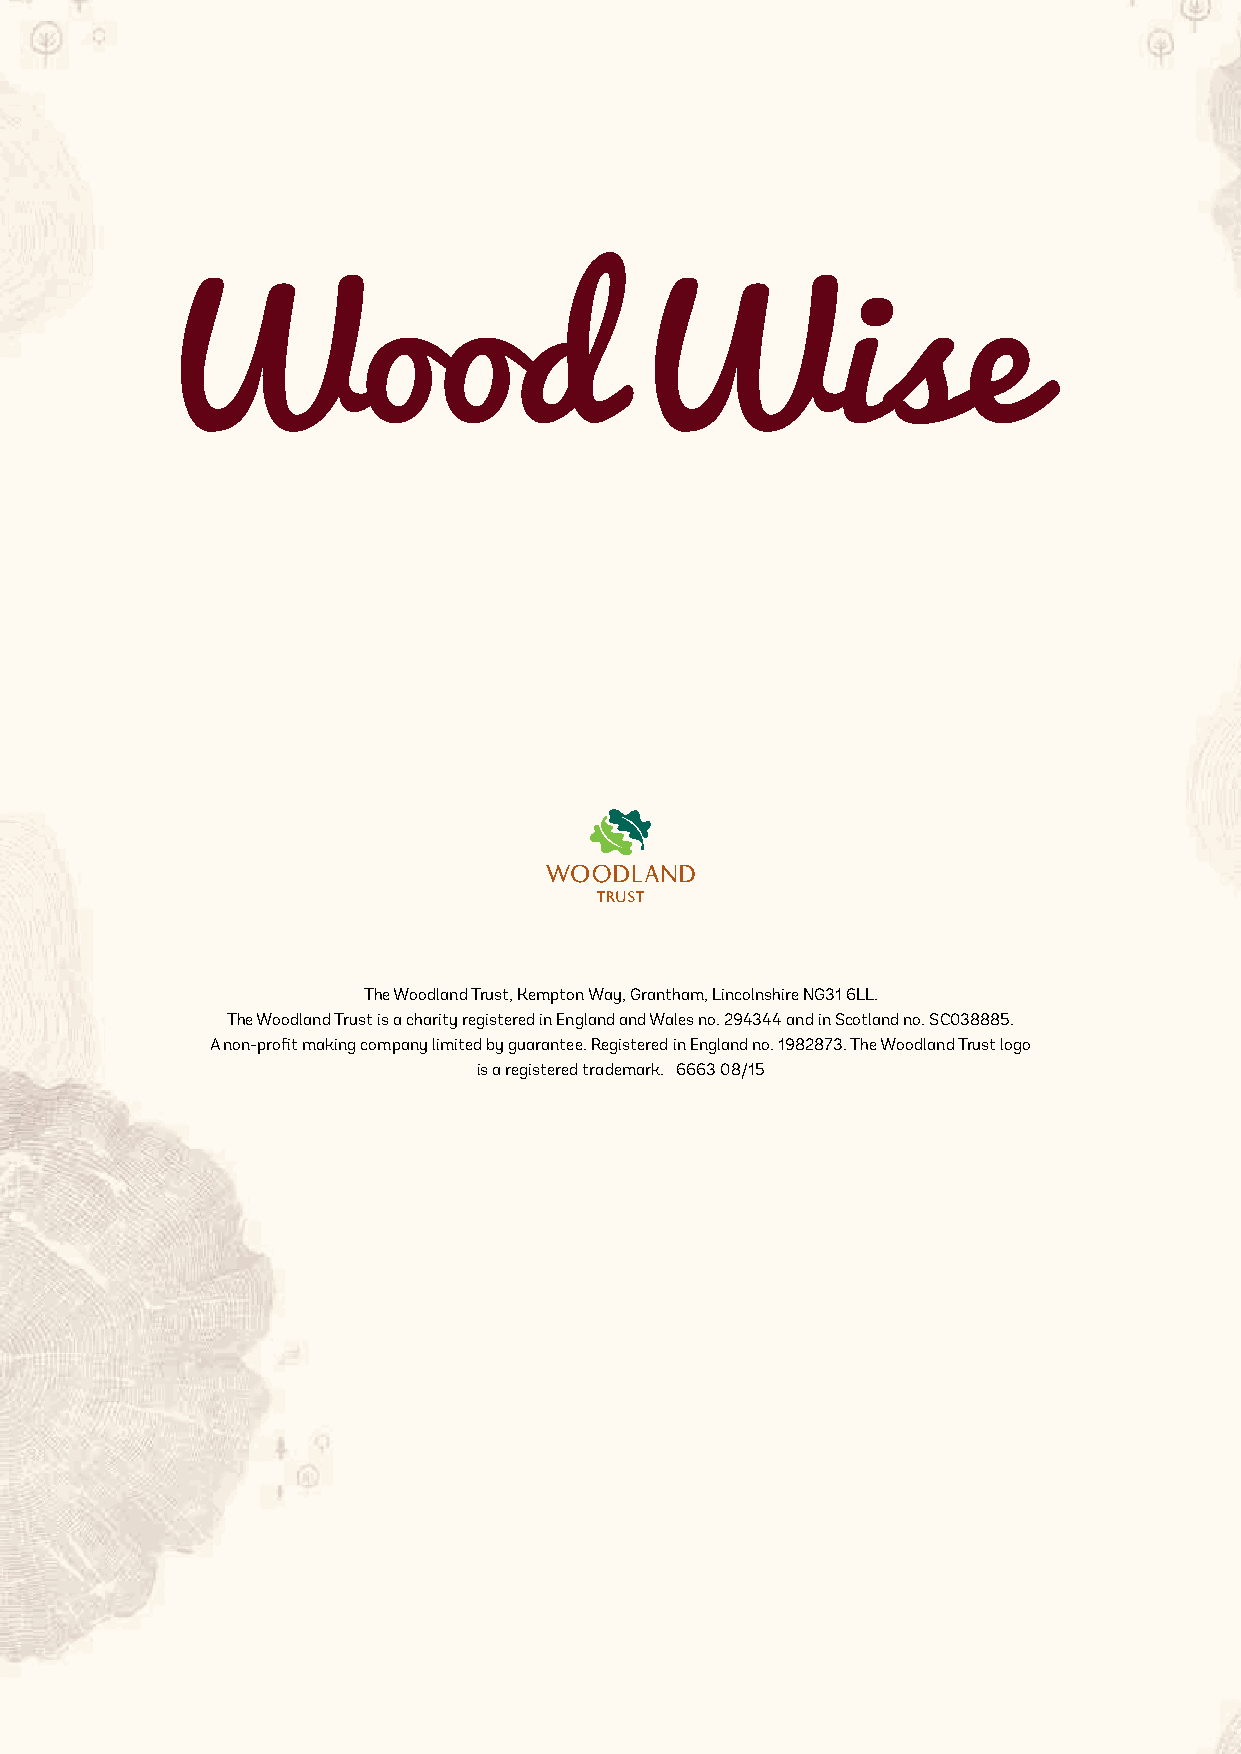
the Woodland trust, Kempton Way, grantham, Lincolnshire ng31 6LL.
 the Woodland trust is a charity registered in england and Wales no. 294344 and in scotland no. sC038885.
 a non-profit making company limited by guarantee. registered in england no. 1982873. the Woodland trust logo
 is a registered trademark. 6663 08/15
 Wood Wise • Woodland Conservation News • Summer 2015 24